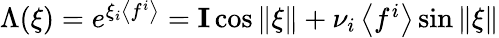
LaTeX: \Lambda(\xi)=\textstyle{e^{\xi_{i}\left<f^{i}\right>}={\mathbf I}\cos\| \xi\| +\nu_{i}\left<f^{i}\right>}\sin\| \xi\|